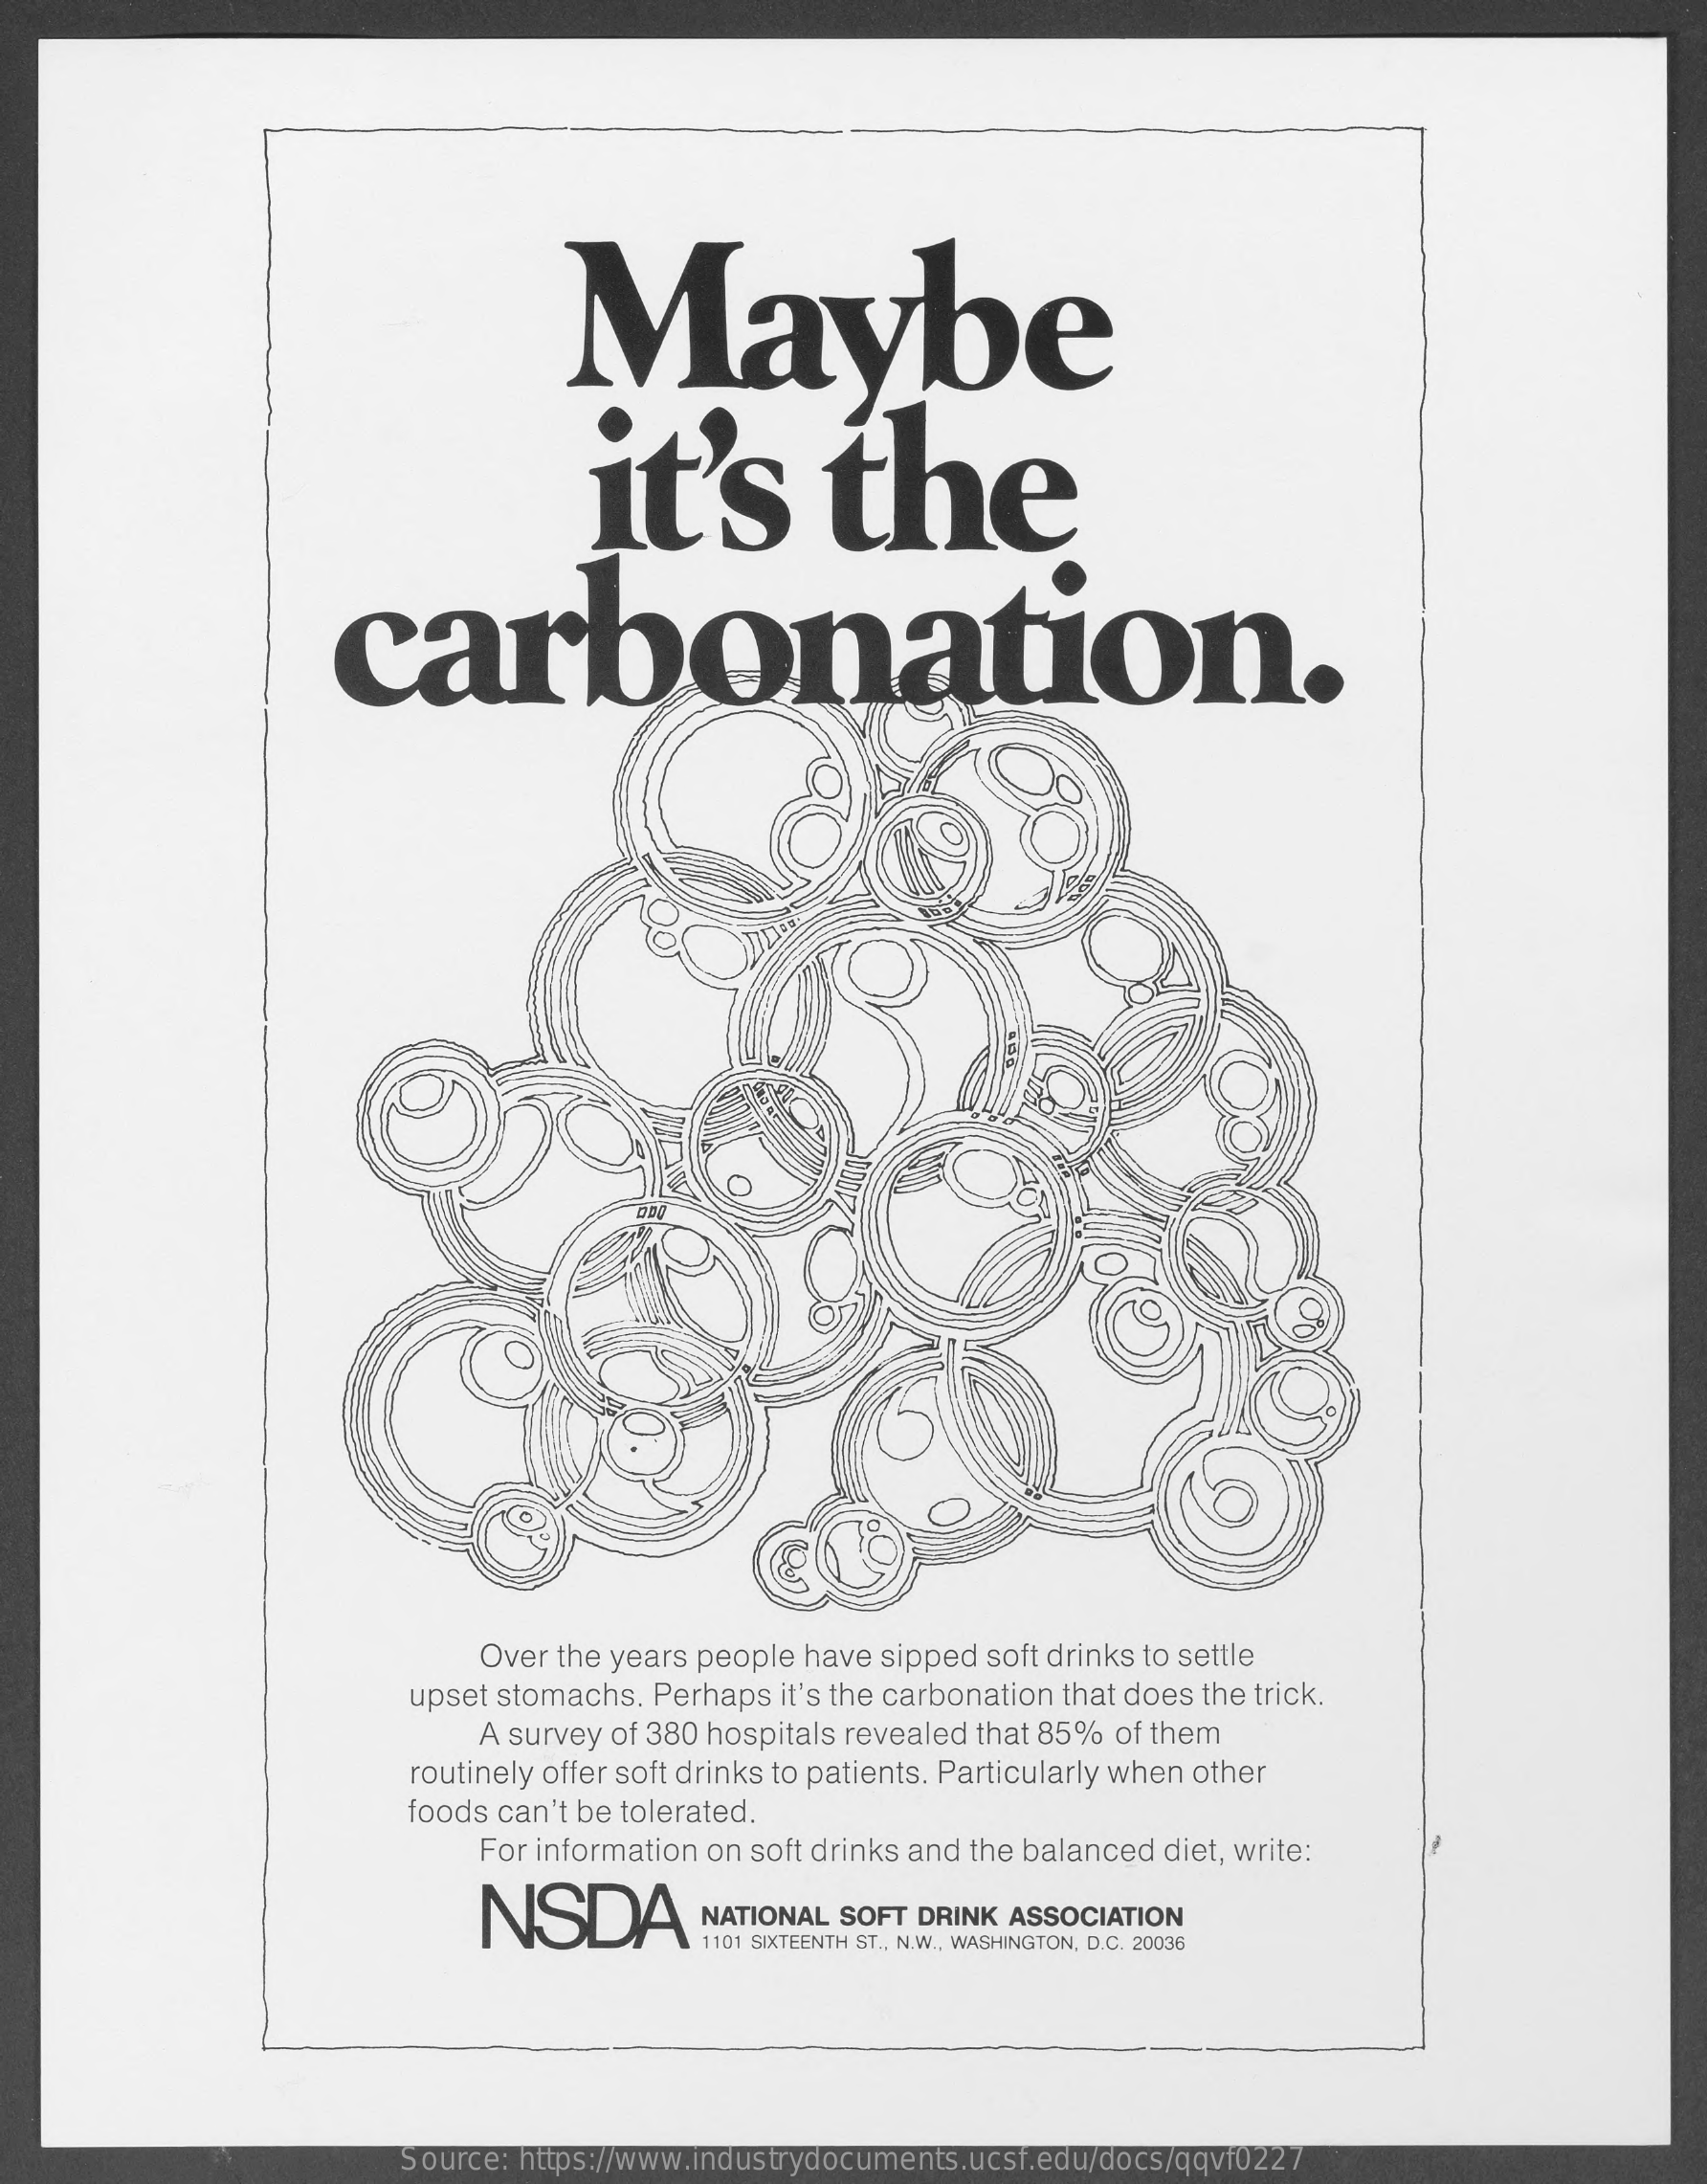
Maybe
     it's    the
     carbonation.
     Over the years people have sipped soft drinks to settle
     upset stomachs. Perhaps it's the carbonation that does the trick.
     A survey of 380 hospitals revealed that 85% of them
     routinely offer soft drinks to patients. Particularly when other
     foods can't be tolerated.
     For information on soft drinks and the balanced diet, write:
     NSDA    NATIONAL SOFT DRINK ASSOCIATION
     1101 SIXTEENTH ST ., N.W ., WASHINGTON, D.C. 20036
     Source: https://www.industrydocuments.ucsf.edu/docs/qqvf0227